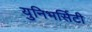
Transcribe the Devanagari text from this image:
युनिभर्सिटी